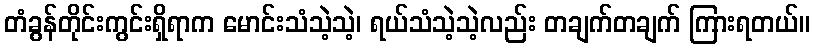
တံခွန်တိုင်းကွင်းရှိရာက မောင်းသံသဲ့သဲ့၊ ရယ်သံသဲ့သဲ့လည်း တချက်တချက် ကြားရတယ်။